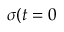
\sigma ( t = 0